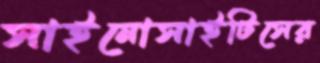
সাইনোসাইটিসের